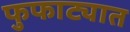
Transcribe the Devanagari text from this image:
फुफाट्यात